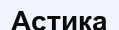
Астика